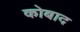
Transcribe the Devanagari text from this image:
कोबाद